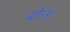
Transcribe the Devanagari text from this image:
दोनः